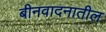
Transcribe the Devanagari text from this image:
बीनवादनातील